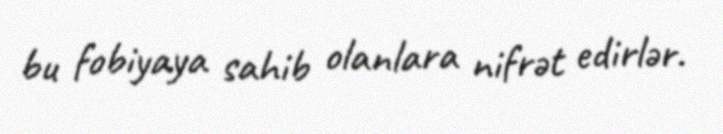
bu fobiyaya sahib olanlara nifrət edirlər.